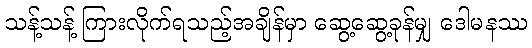
သန့်သန့် ကြားလိုက်ရသည့်အချိန်မှာ ဆွေ့ဆွေ့ခုန်မျှ ဒေါမနဿ